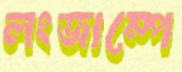
লংজাম্পে